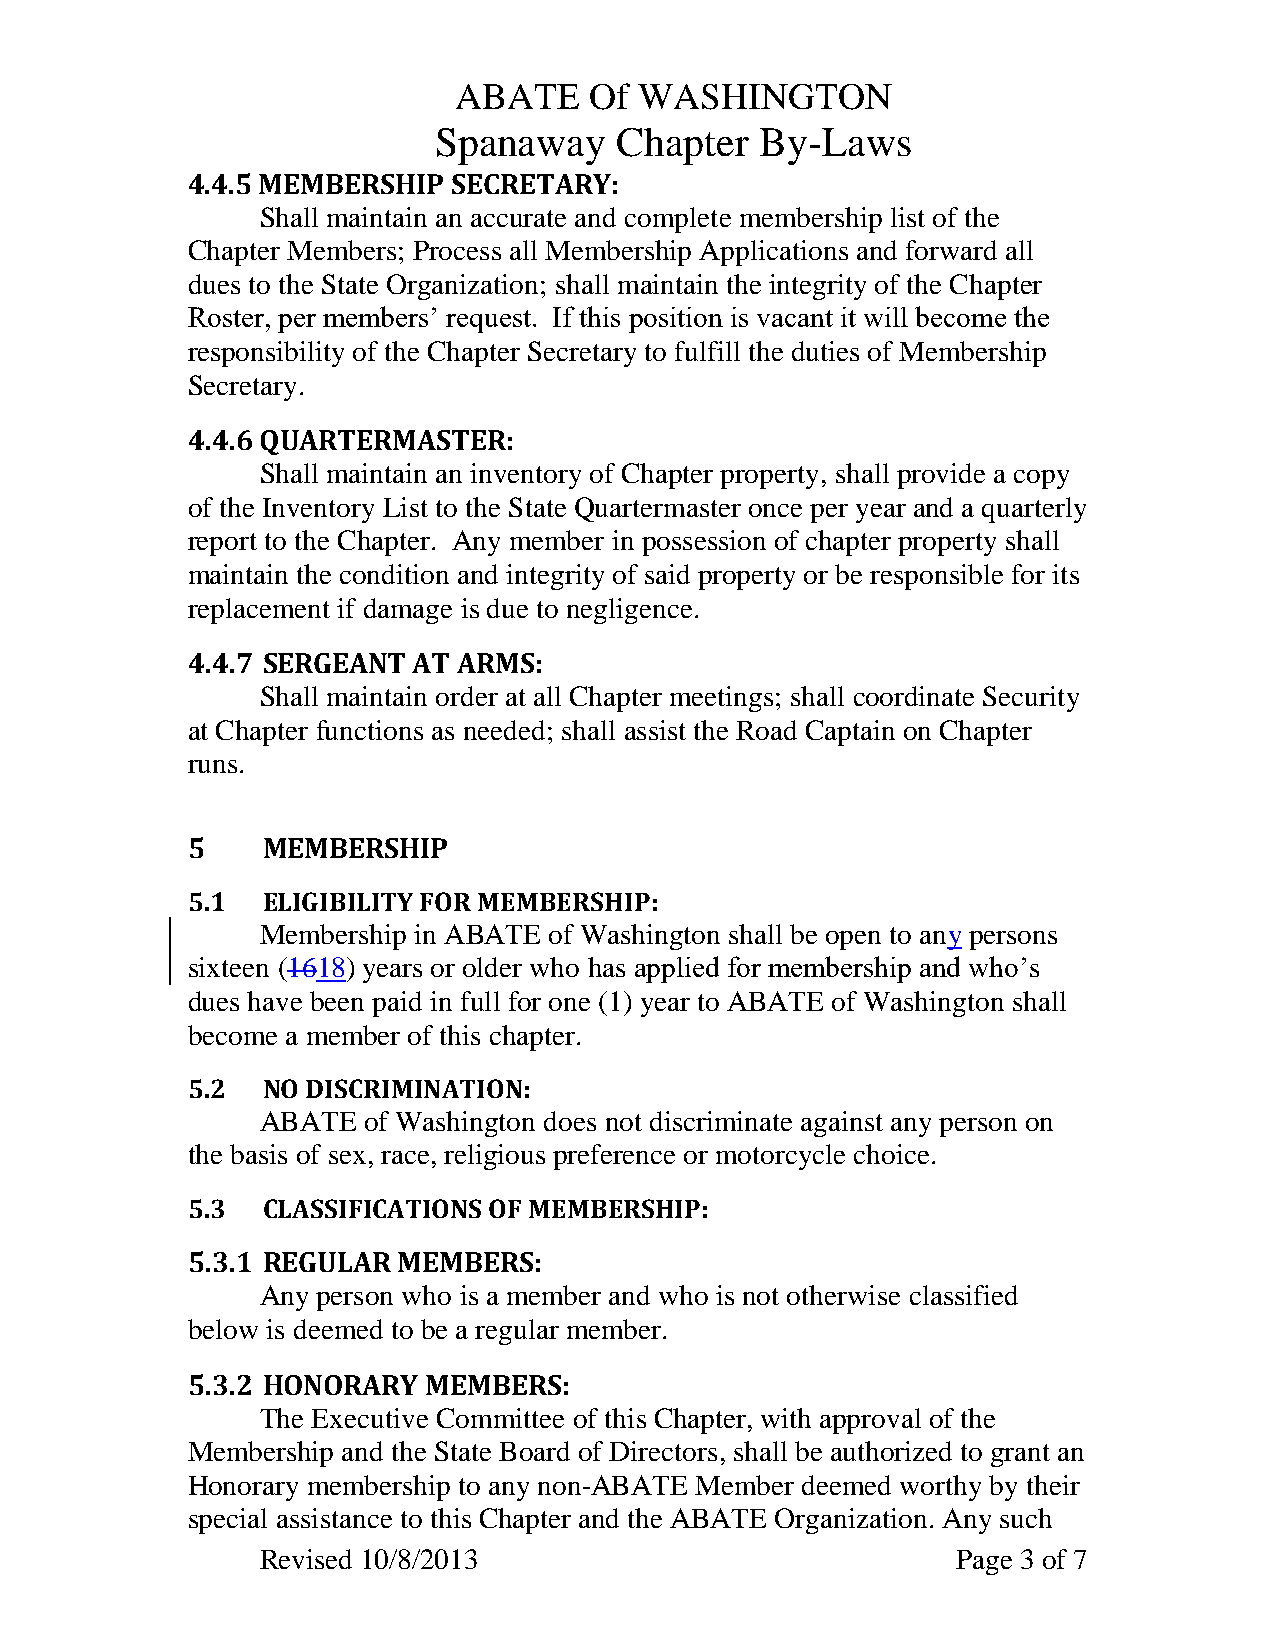
ABATE    Of WASHINGTON
 Spanaway    Chapter  By-Laws
 4.4.5 MEMBERSHIP  SECRETARY:
 Shall maintain an accurate and complete membership list of the
 Chapter Members; Process all Membership Applications and forward all
 dues to the State Organization; shall maintain the integrity of the Chapter
 Roster, per members’ request. If this position is vacant it will become the
 responsibility of the Chapter Secretary to fulfill the duties of Membership
 Secretary.
 4.4.6 QUARTERMASTER:
 Shall maintain an inventory of Chapter property, shall provide a copy
 of the Inventory List to the State Quartermaster once per year and a quarterly
 report to the Chapter. Any member in possession of chapter property shall
 maintain the condition and integrity of said property or be responsible for its
 replacement if damage is due to negligence.
 4.4.7 SERGEANT AT ARMS:
 Shall maintain order at all Chapter meetings; shall coordinate Security
 at Chapter functions as needed; shall assist the Road Captain on Chapter
 runs.
 5    MEMBERSHIP
 5.1  ELIGIBILITY FOR MEMBERSHIP:
 Membership in ABATE of Washington shall be open to any persons
 sixteen (1618) years or older who has applied for membership and who’s
 dues have been paid in full for one (1) year to ABATE of Washington shall
 become a member of this chapter.
 5.2  NO DISCRIMINATION:
 ABATE  of Washington does not discriminate against any person on
 the basis of sex, race, religious preference or motorcycle choice.
 5.3  CLASSIFICATIONS OF MEMBERSHIP:
 5.3.1 REGULAR MEMBERS:
 Any person who is a member and who is not otherwise classified
 below is deemed to be a regular member.
 5.3.2 HONORARY  MEMBERS:
 The Executive Committee of this Chapter, with approval of the
 Membership and the State Board of Directors, shall be authorized to grant an
 Honorary membership to any non-ABATE Member deemed worthy by their
 special assistance to this Chapter and the ABATE Organization. Any such
 Revised 10/8/2013                             Page 3 of 7